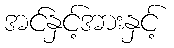
အင်နှင့်အားနှင့်